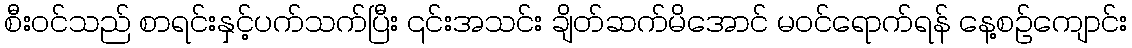
စီး၀င်သည် စာရင်းနှင့်ပက်သက်ပြီး ၎င်းအသင်း ချိတ်ဆက်မိအောင် မဝင်ရောက်ရန် နေ့စဉ်ကျောင်း